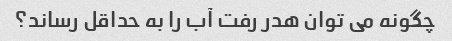
چگونه می توان هدر رفت آب را به حداقل رساند؟